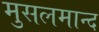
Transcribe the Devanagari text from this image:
मुसलमान्द